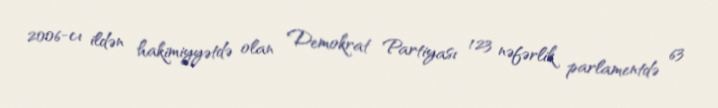
2006-cı ildən hakimiyyətdə olan Demokrat Partiyası 123 nəfərlik parlamentdə 63